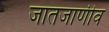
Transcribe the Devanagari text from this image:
जातजाणीव